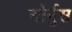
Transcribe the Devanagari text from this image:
चोर्नुस